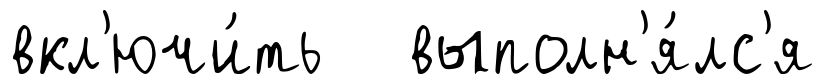
вкл'ючи́ть выполн'я́лс'я